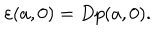
LaTeX: \varepsilon ( a , 0 ) = D p ( a , 0 ) .